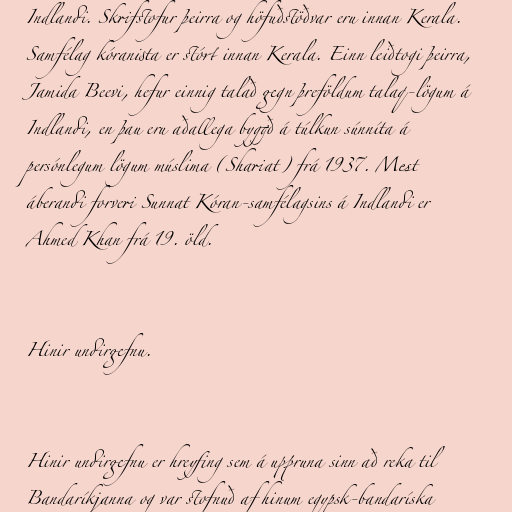
Indlandi. Skrifstofur þeirra og höfuðstöðvar eru innan Kerala.
Samfélag kóranista er stórt innan Kerala. Einn leiðtogi þeirra,
Jamida Beevi, hefur einnig talað gegn þreföldum talaq-lögum á
Indlandi, en þau eru aðallega byggð á túlkun súnníta á
persónlegum lögum múslima (Shariat) frá 1937. Mest
áberandi forveri Sunnat Kóran-samfélagsins á Indlandi er
Ahmed Khan frá 19. öld.

Hinir undirgefnu.

Hinir undirgefnu er hreyfing sem á uppruna sinn að reka til
Bandaríkjanna og var stofnuð af hinum egypsk-bandaríska